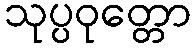
သုပ္ပဝုတ္တော